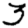
Digit: 3